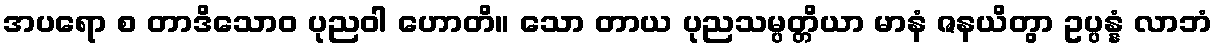
အပရော စ တာဒိသောဝ ပုညဝါ ဟောတိ။ သော တာယ ပုညသမ္ပတ္တိယာ မာနံ ဇနယိတွာ ဥပ္ပန္နံ လာဘံ